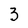
Character: 3